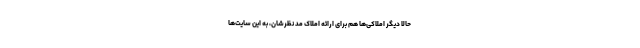
حالا دیگر املاکی‌ها هم برای ارائه املاک مد نظرشان، به این سایت‌ها